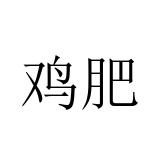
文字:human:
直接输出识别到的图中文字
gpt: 鸡肥